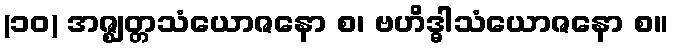
(၁၀) အဇ္ဈတ္တသံယောဇနော စ၊ ဗဟိဒ္ဓါသံယောဇနော စ။